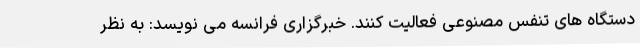
دستگاه های تنفس مصنوعی فعالیت کنند. خبرگزاری فرانسه می نویسد: به نظر